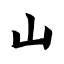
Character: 山